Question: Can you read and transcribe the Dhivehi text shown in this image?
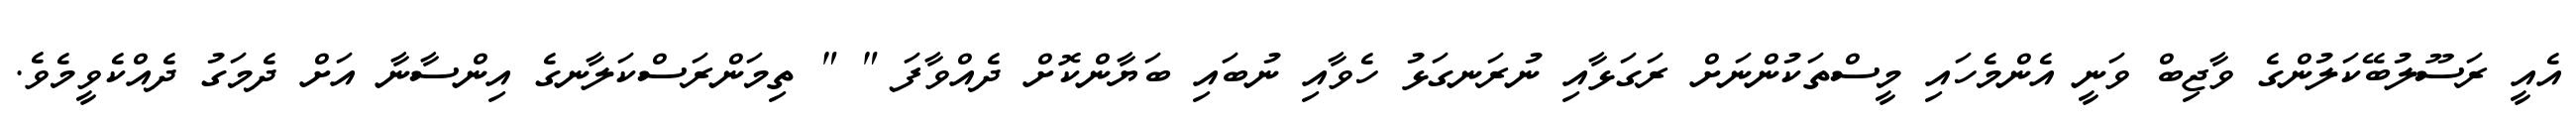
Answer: އެއީ ރަސޫލުބޭކަލުންގެ ވާޖިބް ވަނީ އެންމެހައި މީސްތަކުންނަށް ރަގަޅާއި ނުރަނގަޅު ހެވާއި ނުބައި ބަޔާންކޮށް ދެއްވާފަ " " ތިމަންރަސްކަލާނގެ އިންސާނާ އަށް ދެމަގު ދެއްކެވީމެވެ.